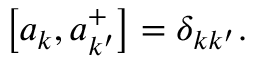
\left[ a _ { k } , a _ { k ^ { \prime } } ^ { + } \right] = \delta _ { k k ^ { \prime } } .